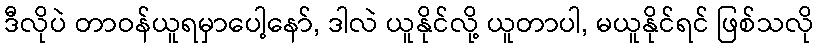
ဒီလိုပဲ တာဝန်ယူရမှာပေါ့နော်, ဒါလဲ ယူနိုင်လို့ ယူတာပါ, မယူနိုင်ရင် ဖြစ်သလို